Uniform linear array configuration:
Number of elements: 64
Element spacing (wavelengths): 0.25
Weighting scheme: uniform
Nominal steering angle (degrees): -30
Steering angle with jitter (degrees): -30.212
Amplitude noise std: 0.05
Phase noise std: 0.05

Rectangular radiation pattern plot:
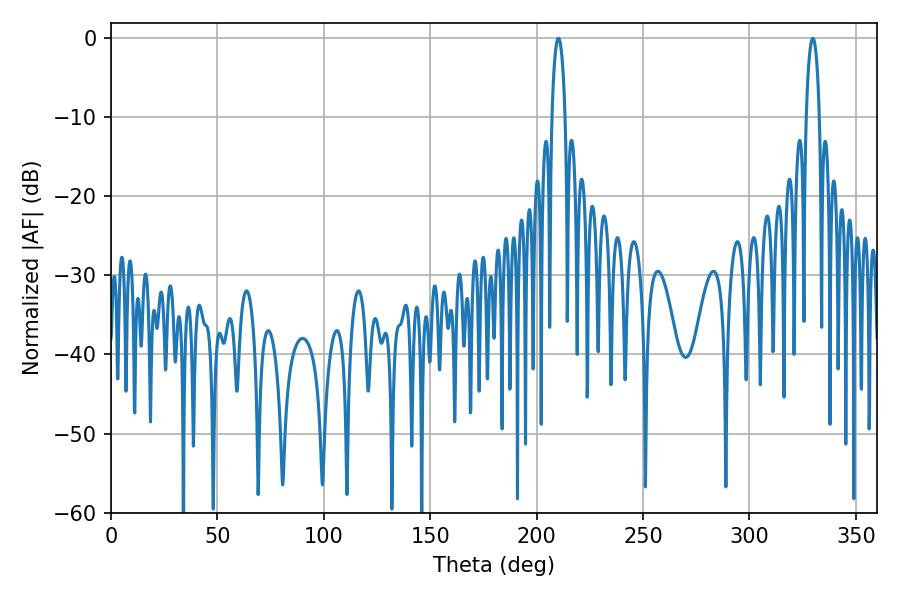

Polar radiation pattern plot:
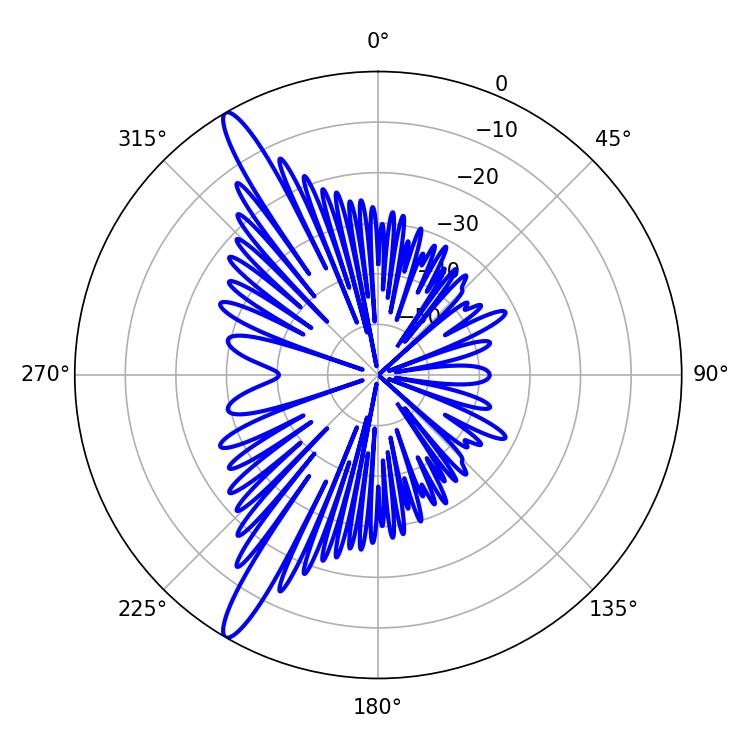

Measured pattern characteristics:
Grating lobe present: FALSE
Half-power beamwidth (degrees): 3.6
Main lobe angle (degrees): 210.24